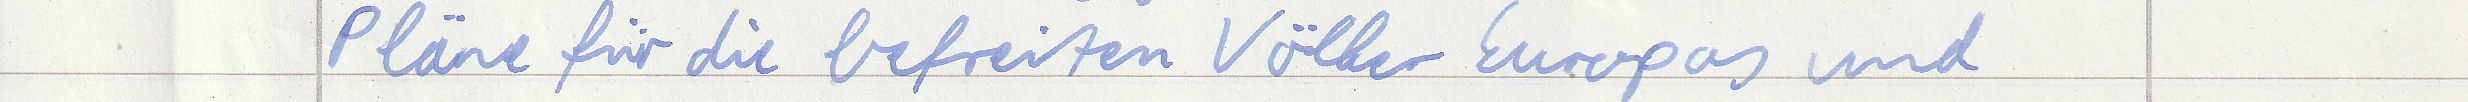
Pläne für die befreiten Völker Europas und